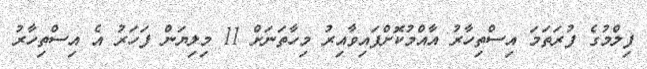
ފިލްމުގެ ފުރަތަމަ އިސްތިހާރު އާއްމުކޮށްފައިވާއިރު މިހާތަނަށް 11 މިލިޔަން ފަހަރު އެ އިސްތިހާރު